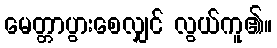
မေတ္တာပွားစေလျှင် လွယ်ကူ၏။